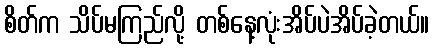
စိတ်က သိပ်မကြည်လို့ တစ်နေ့လုံးအိပ်ပဲအိပ်ခဲ့တယ်။